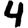
Digit: 4